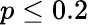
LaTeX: p\leq 0.2